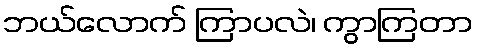
ဘယ်လောက် ကြာပလဲ၊ ကွာကြတာ